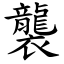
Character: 襲